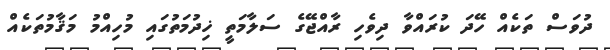
ދުވަސް ތަކެއް ހޭދަ ކުރައްވާ ދިވެހި ރާއްޖޭގެ ސަލާމަތީ ޚިދުމަތުގައި މުހިއްމު މަޤާމުތަކެއް